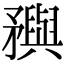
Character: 𥎗